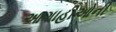
આગાહીઓની